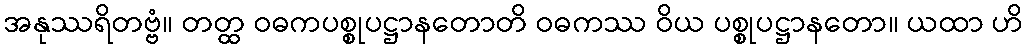
အနုဿရိတဗ္ဗံ။ တတ္ထ ဝဓကပစ္စုပဋ္ဌာနတောတိ ဝဓကဿ ဝိယ ပစ္စုပဋ္ဌာနတော။ ယထာ ဟိ